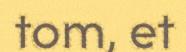
tom, et